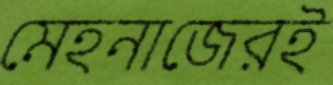
মেহনাজেরই